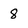
Character: 8